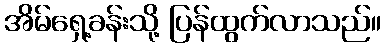
အိမ်ရှေ့ခန်းသို့ ပြန်ထွက်လာသည်။